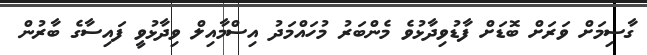
ގާސިމަށް ވަރަށް ބޮޑަަށް ފާޑުވިދާޅުވެ މެންބަރު މުހައްމަދު އިސްމާއިލް ވިދާޅުވީ ފައިސާގެ ބާރުން